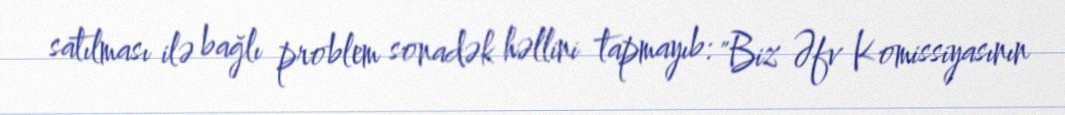
satılması ilə bağlı problem sonadək həllini tapmayıb: "Biz Əfv Komissiyasının